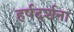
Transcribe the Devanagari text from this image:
हर्षदर्शना